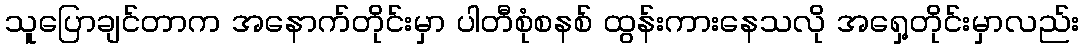
သူပြောချင်တာက အနောက်တိုင်းမှာ ပါတီစုံစနစ် ထွန်းကားနေသလို အရှေ့တိုင်းမှာလည်း